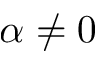
\alpha \ne 0